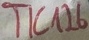
Text: TIC126